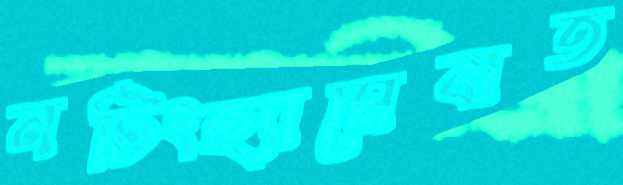
নটিংহ্যামেবাত